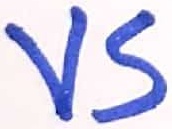
Text: VS